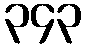
၃၄၃